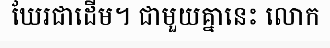
ឃែរជាដើម។ ជាមួយគ្នានេះ លោក